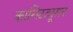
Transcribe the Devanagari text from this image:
कान्स्टिट्यूशन